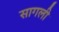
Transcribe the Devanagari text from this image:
सागली